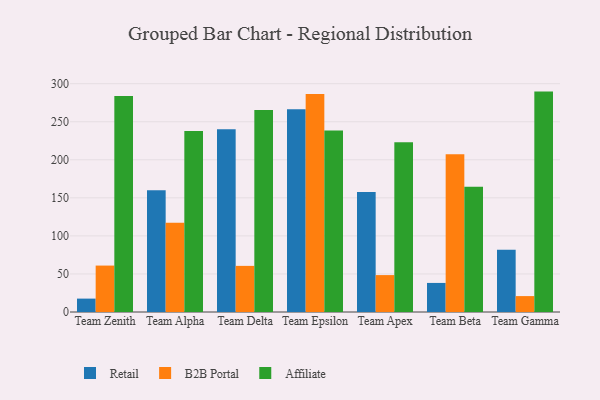
{"axis": {"x": "Team", "y": "Inventory Turnover"}, "legend": ["Affiliate", "B2B Portal", "Retail"], "data": [{"x": "Team Zenith", "y": 17.6, "type": "Retail"}, {"x": "Team Zenith", "y": 61.0, "type": "B2B Portal"}, {"x": "Team Zenith", "y": 283.8, "type": "Affiliate"}, {"x": "Team Alpha", "y": 159.9, "type": "Retail"}, {"x": "Team Alpha", "y": 117.3, "type": "B2B Portal"}, {"x": "Team Alpha", "y": 237.8, "type": "Affiliate"}, {"x": "Team Delta", "y": 240.1, "type": "Retail"}, {"x": "Team Delta", "y": 60.6, "type": "B2B Portal"}, {"x": "Team Delta", "y": 265.3, "type": "Affiliate"}, {"x": "Team Epsilon", "y": 266.3, "type": "Retail"}, {"x": "Team Epsilon", "y": 286.4, "type": "B2B Portal"}, {"x": "Team Epsilon", "y": 238.4, "type": "Affiliate"}, {"x": "Team Apex", "y": 157.8, "type": "Retail"}, {"x": "Team Apex", "y": 48.5, "type": "B2B Portal"}, {"x": "Team Apex", "y": 223.1, "type": "Affiliate"}, {"x": "Team Beta", "y": 38.2, "type": "Retail"}, {"x": "Team Beta", "y": 207.4, "type": "B2B Portal"}, {"x": "Team Beta", "y": 164.7, "type": "Affiliate"}, {"x": "Team Gamma", "y": 81.8, "type": "Retail"}, {"x": "Team Gamma", "y": 20.9, "type": "B2B Portal"}, {"x": "Team Gamma", "y": 289.6, "type": "Affiliate"}]}